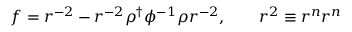
f = r ^ { - 2 } - r ^ { - 2 } \rho ^ { \dag } \phi ^ { - 1 } \rho r ^ { - 2 } , \qquad r ^ { 2 } \equiv r ^ { n } r ^ { n }